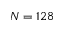
N = 1 2 8